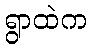
ရွာထဲက